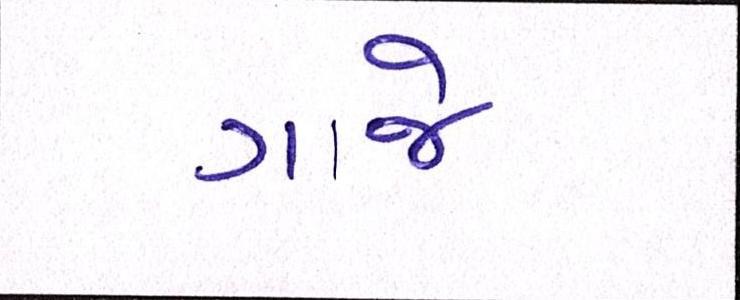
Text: ગાજે